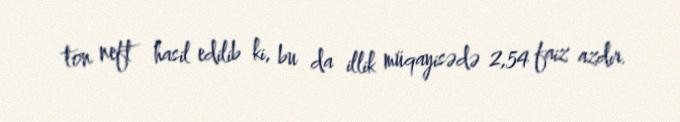
ton neft hasil edilib ki, bu da illik müqayisədə 2,54 faiz azdır.